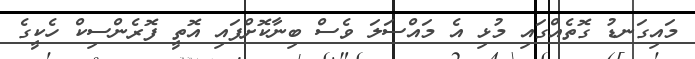
މައިގަނޑު ގޮތެއްގައި މުޅި އެ މައްސަލަ ވެސް ބިނާކޮށްފައި އޮތީ ފޮރެންސިކް ހެކީގެ